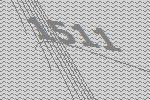
1511